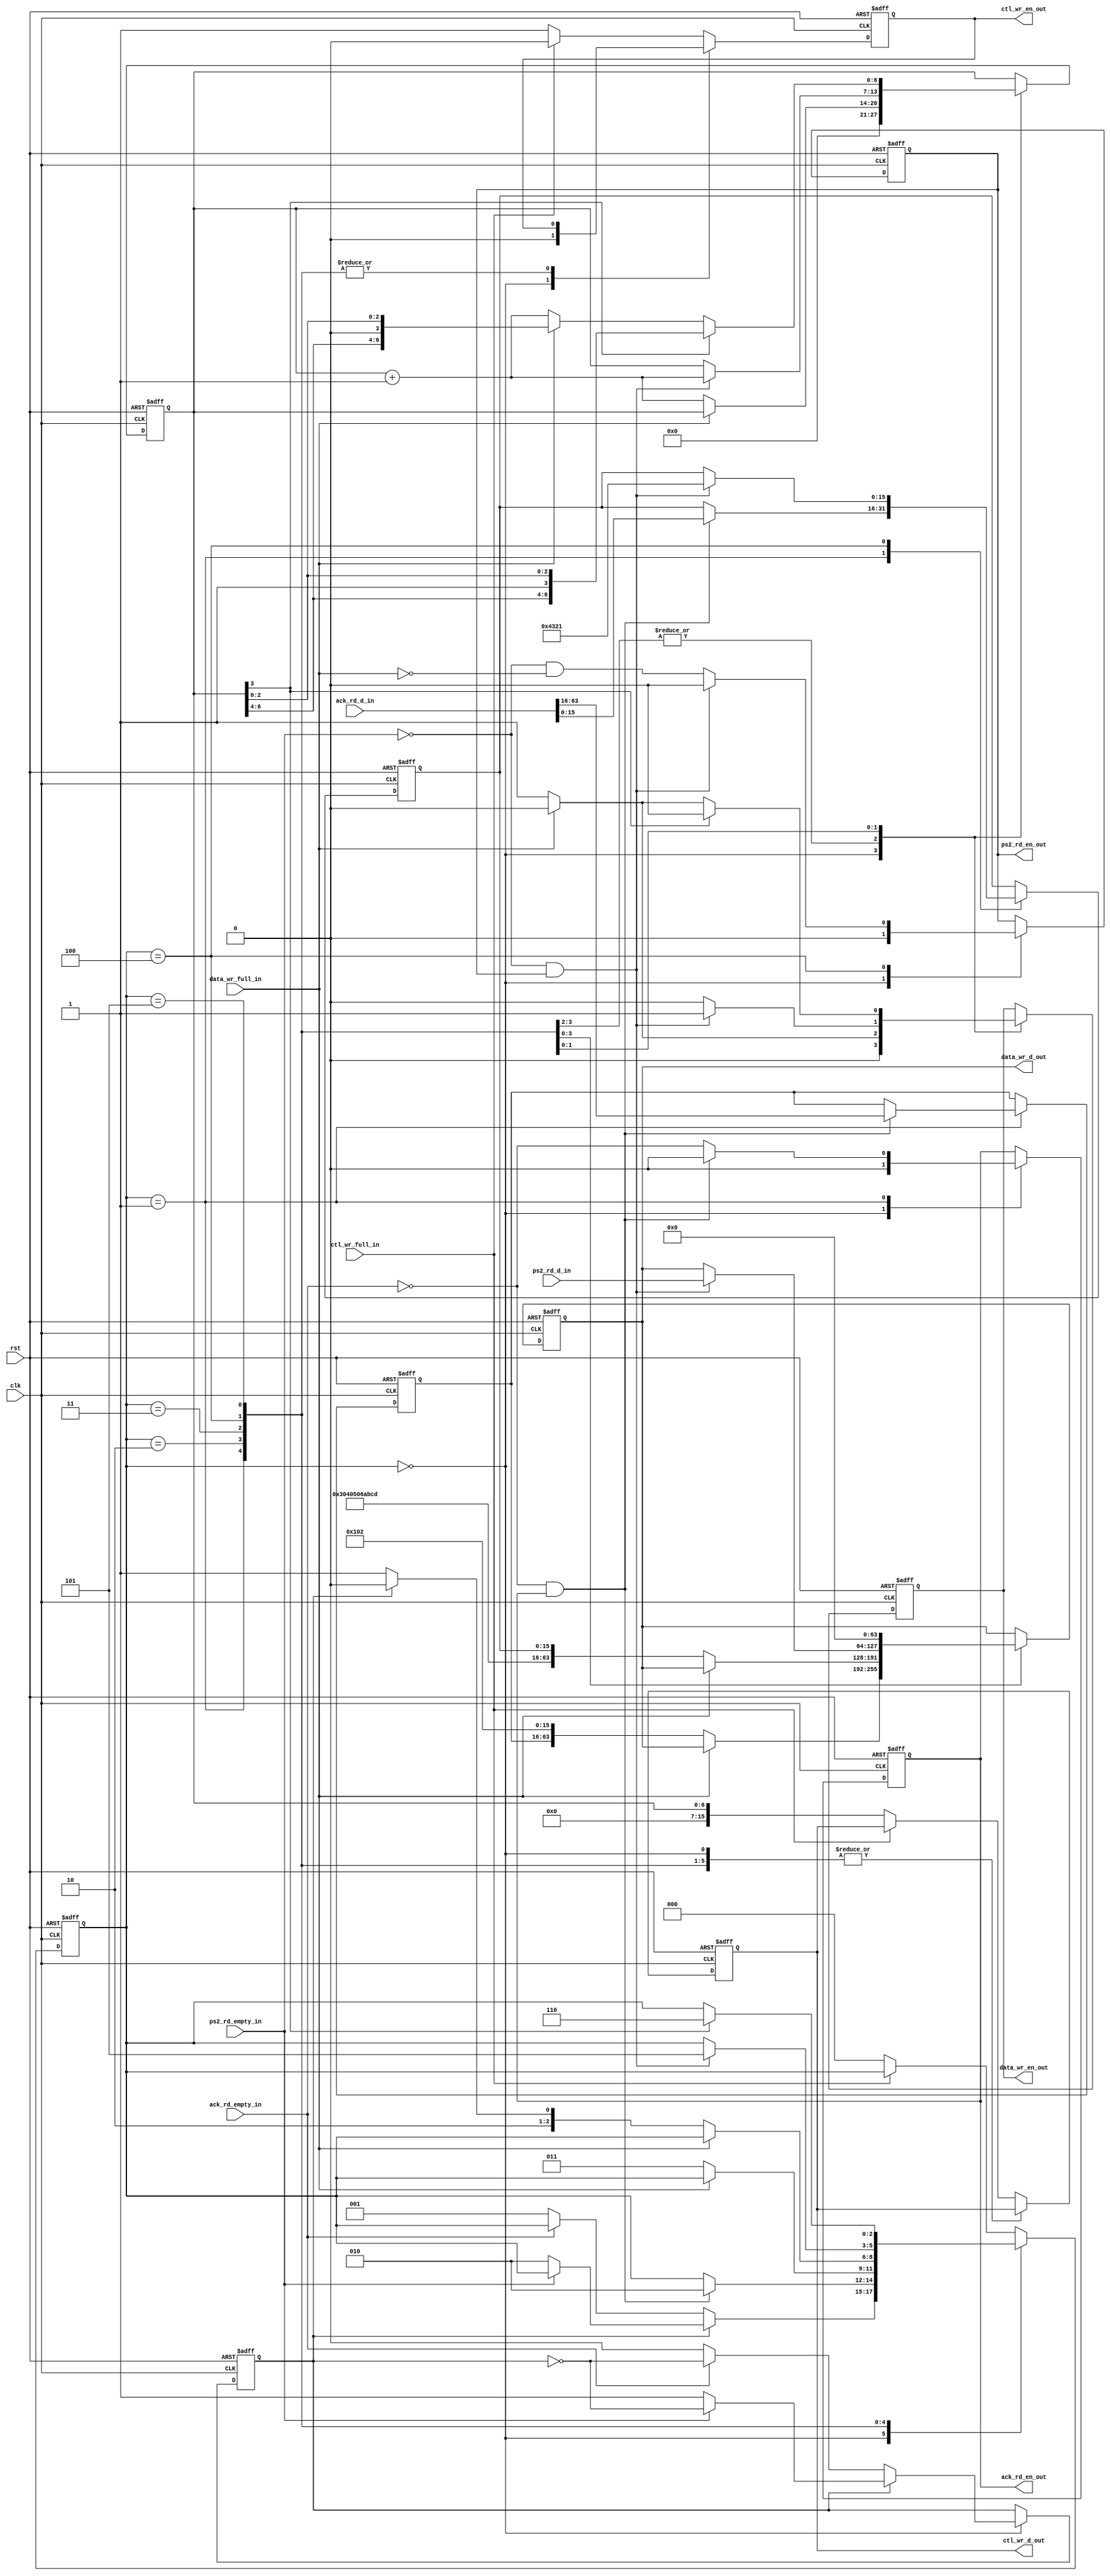
`timescale 1ns / 1ps

// ethernet frame encoder
// by liam davey (30/4/11)
//
// reads data from fifo's and constructs ethernet
// frames to send based on that data.
//

module eth_encode #(
	parameter MAC = 48'h010203040506,
	parameter TYPE = 16'habcd
) (
	input clk,
	input rst,
	
	output reg ack_rd_en_out,
	input [63:0] ack_rd_d_in,
	input ack_rd_empty_in,
	
	output reg ps2_rd_en_out,
	input [63:0] ps2_rd_d_in,
	input ps2_rd_empty_in,
	
	output reg ctl_wr_en_out,
	output reg [15:0] ctl_wr_d_out,
	input ctl_wr_full_in,
	
	output reg data_wr_en_out,
	output reg [63:0] data_wr_d_out,
	input data_wr_full_in
);

	localparam PS2_ACK_CODE = 16'h4321;

	reg select;
	
	reg [2:0] state;
	reg [6:0] count;
	
	reg [47:0] mac_dst;
	wire [47:0] mac_src = MAC;
	wire [15:0] type = TYPE;
	reg [15:0] status;
	
	localparam STATE_IDLE = 3'd0;
	localparam STATE_ACK = 3'd1;
	localparam STATE_HEADER_0 = 3'd2;
	localparam STATE_HEADER_1 = 3'd3;
	localparam STATE_DATA = 3'd4;
	localparam STATE_DATA_END = 3'd5;
	localparam STATE_END = 3'd6;

	
	always @ (posedge clk or posedge rst) begin
		if (rst) begin
			state <= STATE_IDLE;
			
			ack_rd_en_out <= 0;
			ps2_rd_en_out <= 0;
			
			mac_dst <= 48'hffffffffffff;
			status <= 16'h1234;
			
			ctl_wr_en_out <= 0;
			ctl_wr_d_out <= 0;
			data_wr_en_out <= 0;
			data_wr_d_out <= 0;
			
			select <= 0;
			count <= 0;
	
		end else begin
		
			case (state)
				// wait for one of the input fifo's to
				// become not empty
				STATE_IDLE: begin
					if (!select) begin
						if (!ack_rd_empty_in)
							state <= STATE_ACK;
						else
							select <= !select;
					end else begin
						if (!ps2_rd_empty_in)
							state <= STATE_HEADER_0;
						else
							select <= !select;
					end
					ack_rd_en_out <= 0;
					ps2_rd_en_out <= 0;
					data_wr_en_out <= 0;
					ctl_wr_en_out <= 0;
					count <= 0;
				end
				
				STATE_ACK: begin
					// shift in the 6 byte dest mac and two byte status from the ack fifo
					if (!ack_rd_empty_in && ack_rd_en_out) begin
						state <= STATE_HEADER_0;
						{mac_dst, status} <= ack_rd_d_in;
						ack_rd_en_out <= 0;
					end else
						ack_rd_en_out <= !ack_rd_empty_in;
				end
				
				STATE_HEADER_0: begin
					// write the frame header to the transmit data fifo
					if (!data_wr_full_in) begin
						data_wr_d_out <= {mac_dst, mac_src[47:32]};
						data_wr_en_out <= 1;
						count <= count + 1'd1;
						state <= STATE_HEADER_1;
					end else
						data_wr_en_out <= 0;
				end
				
				STATE_HEADER_1: begin
					// write the frame header to the transmit data fifo
					if (!data_wr_full_in) begin
						data_wr_d_out <= {mac_src[31:0], type, status};
						data_wr_en_out <= 1;
						count <= count + 1'd1;
						state <= (select) ? STATE_DATA : STATE_DATA_END;
					end else
						data_wr_en_out <= 0;
				end
				
				STATE_DATA: begin
					// get data from the ps2 fifo
					if (!ps2_rd_empty_in && ps2_rd_en_out) begin
						state <= STATE_DATA_END;
						data_wr_d_out <= ps2_rd_d_in;
						data_wr_en_out <= 1;
						count <= count + 1'd1;
						ps2_rd_en_out <= 0;
						status <= PS2_ACK_CODE;
					end else begin
						data_wr_en_out <= 0;
						ps2_rd_en_out <= !ps2_rd_empty_in && !data_wr_full_in;
					end
				end
				
				// STATE_DATA_END
				STATE_DATA_END: begin
					// write zero bytes to the tx fifo to satisfy
					// the minimum frame size requirement
					// when count[3] != 0 at least 64 bytes have
					// been written
					data_wr_d_out <= 9'h0;
					if (count[3]) begin
						state <= STATE_END;
						data_wr_en_out <= 0;
					end else begin
						if (!data_wr_full_in) begin
							data_wr_en_out <= 1;
							count <= count + 1'd1;
						end else
							data_wr_en_out <= 0;
					end
				end
				
				// STATE_END
				default: begin
					if (!ctl_wr_full_in) begin
						ctl_wr_d_out <= {11'h0, count};
						ctl_wr_en_out <= 1;
						state <= STATE_IDLE;
					end else
						ctl_wr_en_out <= 0;
				end
			endcase
		end
	end

endmodule